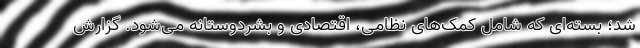
شد؛ بسته‌ای که شامل کمک‌های نظامی، اقتصادی و بشردوستانه می‌شود. گزارش